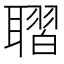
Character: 𦗗